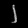
Digit: ၂